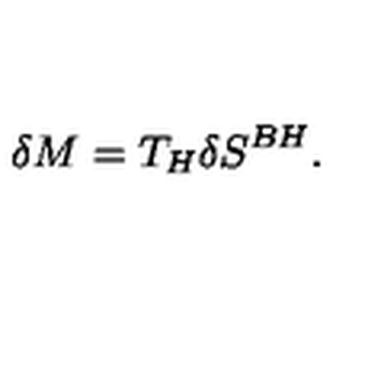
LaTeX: \delta M = T _ { H } \delta S ^ { B H } .